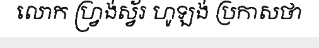
លោក ហ្វ្រង់ស្វ័រ ហូឡង់ ប្រកាសថា